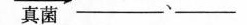
真菌___